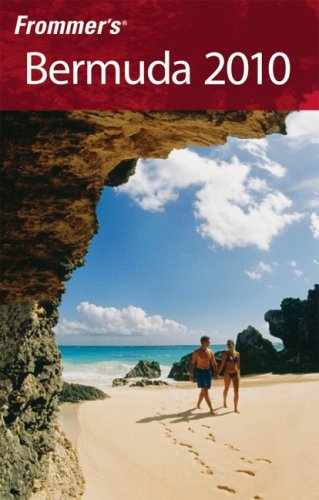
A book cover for Frommer's Bermuda 2010 (Frommer's Complete Guides); Darwin Porter; Travel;